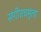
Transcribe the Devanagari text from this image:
संगीतचमूला